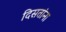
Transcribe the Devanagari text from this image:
दिसतांना